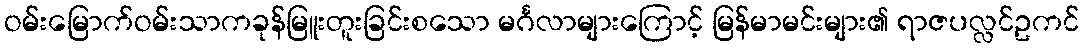
ဝမ်းမြောက်ဝမ်းသာကခုန်မြူးတူးခြင်းစသော မင်္ဂလာများကြောင့် မြန်မာမင်းများ၏ ရာဇပလ္လင်ဥကင်